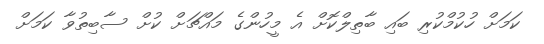
ކަމަށް ހުކުމްކުރި ބައި ބާތިލްކޮށް އެ މީހުންގެ މައްޗަށް ކުށް ސާބިތުވާ ކަމަށް